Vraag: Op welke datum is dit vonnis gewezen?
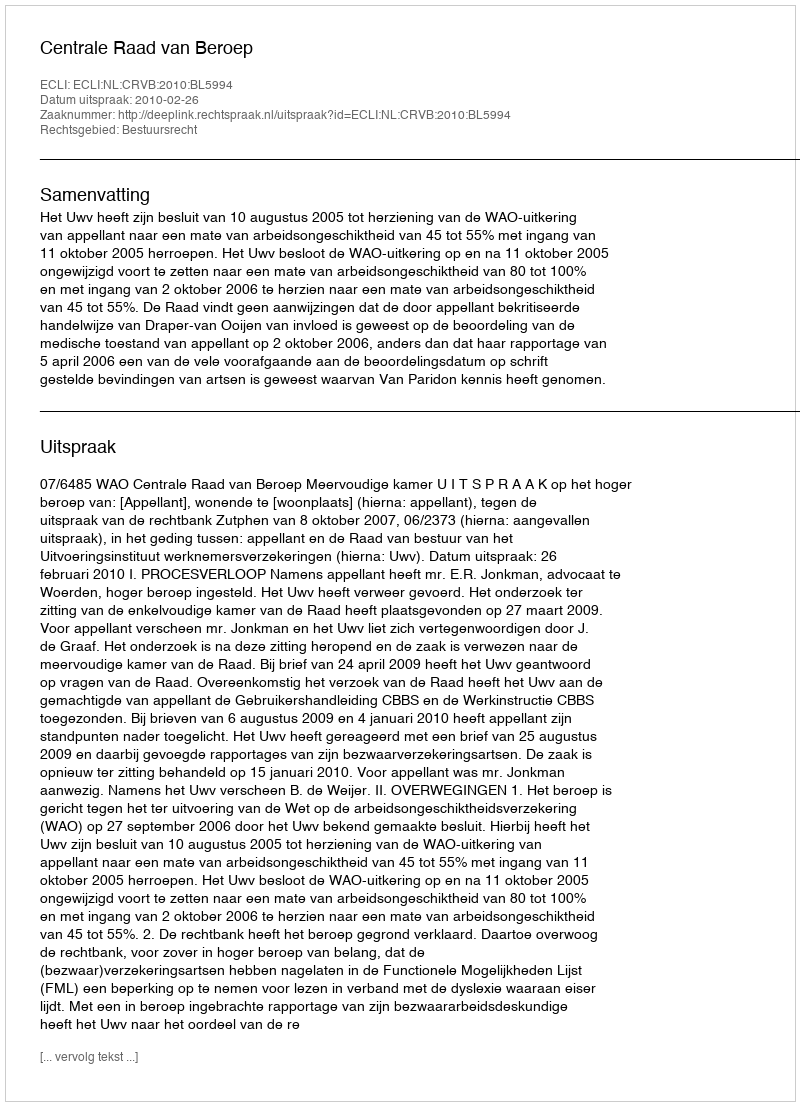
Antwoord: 2010-02-26